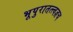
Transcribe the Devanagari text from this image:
भूपुरातत्त्वज्ञच